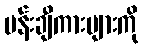
ပန်းချီကားများကို